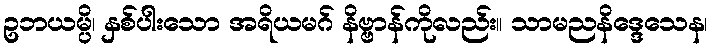
ဥဘယမ္ပိ၊ နှစ်ပါးသော အရိယမဂ် နိဗ္ဗာန်ကိုလည်း။ သာမညနိဒ္ဒေသေန၊